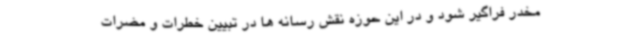
مخدر فراگیر شود و در این حوزه نقش رسانه ها در تبیین خطرات و مضرات